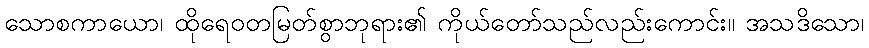
သောစကာယော၊ ထိုရေဝတမြတ်စွာဘုရား၏ ကိုယ်တော်သည်လည်းကောင်း။ အသဒိသော၊